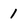
Character: 1